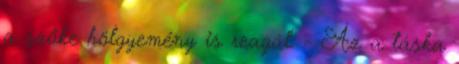
a szőke hölgyemény is reagál. - Az a táska